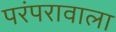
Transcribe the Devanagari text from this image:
परंपरावाला